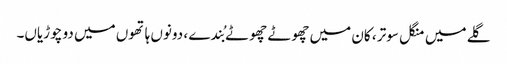
گلے میں منگل سوتر ، کان میں چھوٹے چھوٹے بُندے ، دونوں ہاتھوں میں دو چوڑیاں۔